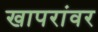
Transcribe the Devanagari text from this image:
खापरांवर